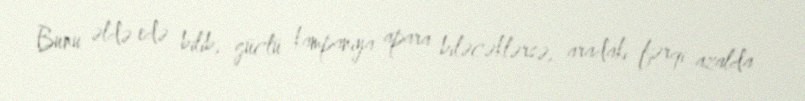
Bunu əldə edə bilib, güclü kampaniya apara biləcəklərsə, aradakı fərqi azalda